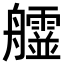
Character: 𦫄